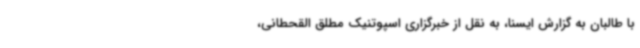
با طالبان به گزارش ایسنا، به نقل از خبرگزاری اسپوتنیک مطلق القحطانی،